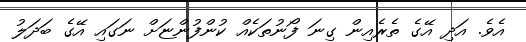
އެވެ. އަދި އޭގެ ތެރެއިން ގިނަ ފޯނުތަކެއް ކުންފުންޏަށް ނަގައި އޭގެ ބަދަލު